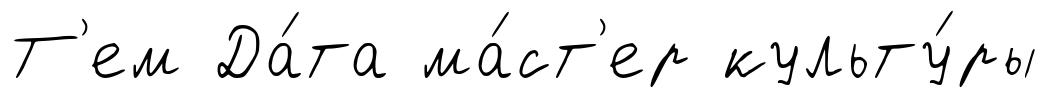
Т'ем Да́та ма́ст'ер культу́ры